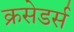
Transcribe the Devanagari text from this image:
क्रसेडर्स